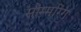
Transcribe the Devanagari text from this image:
सोम्मरिंग